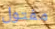
مفتول